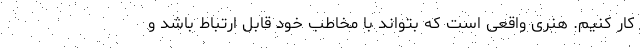
کار کنیم. هنری واقعی است که بتواند با مخاطب خود قابل ارتباط باشد و